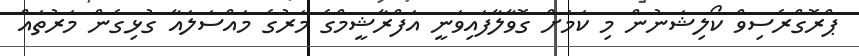
ޕްރޮގްރެސިވް ކޯލިޝަނުން މި ކަމަށް ގޮވާލާފައިވަނީ އަފްރާޝީމްގެ މަރުގެ މައްސަލައާ ގުޅިގެން މަރުތައް